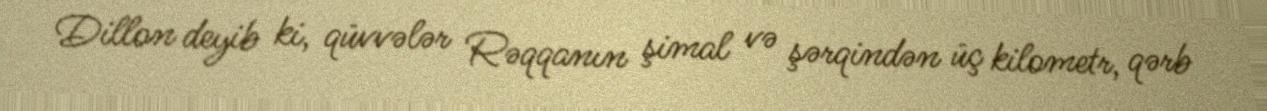
Dillon deyib ki, qüvvələr Rəqqanın şimal və şərqindən üç kilometr, qərb